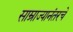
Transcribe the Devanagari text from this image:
साम्राज्यानंतरचे